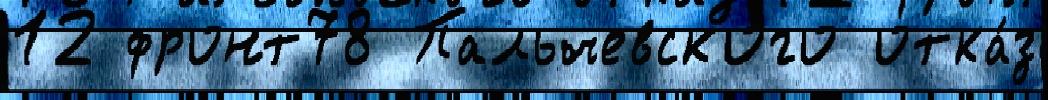
12 фронт78 Пальчевского отка́з